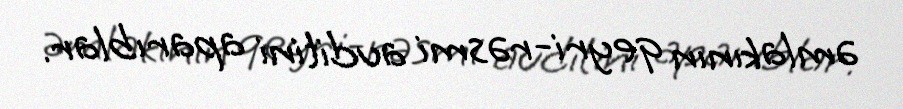
əmlakının qeyri-rəsmi auditini aparıblar.